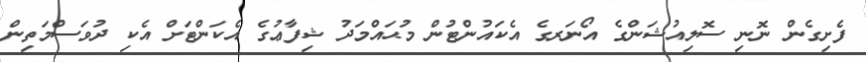
ފެށިގެން ނޮނި ސޮލިއުޝަންގެ އޯނަރގެ އެކައުންޓުން މުޙައްމަދު ޝިފާޢުގެ އެކަންޓަށް އެކި ދުވަސްމަތިން